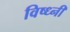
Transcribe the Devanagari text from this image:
विष्ध्नी